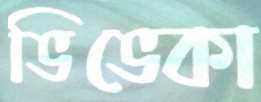
ভিভেকা